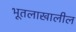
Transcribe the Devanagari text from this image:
भूतलाखालील